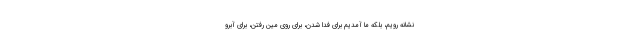
نشانه رویم، بلکه ما آمدیم برای فدا شدن، برای روی مین رفتن، برای آبرو